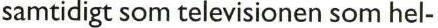
samtidigt som televisionen som hel-